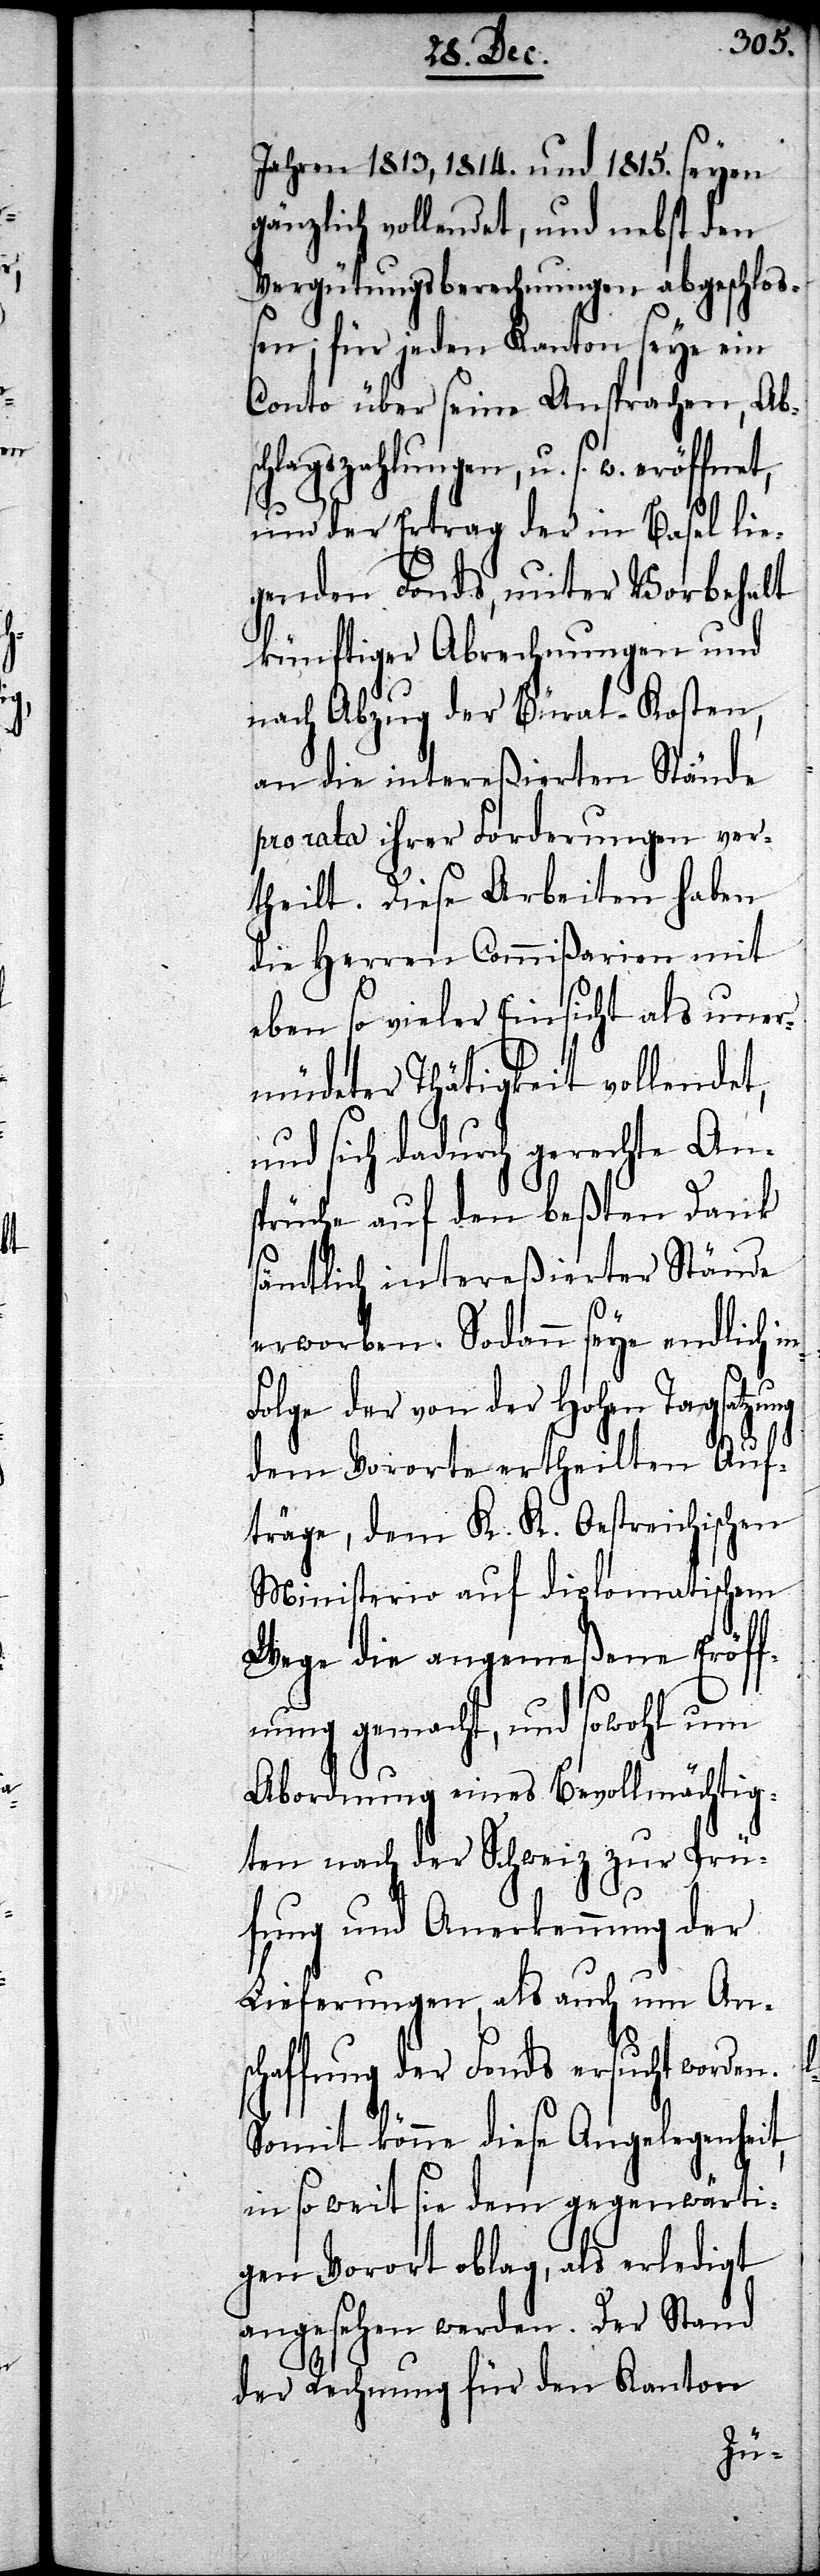
Jahren 1813, 1814. und 1815. seyen
gänzlich vollendet, und nebst den
Vergütungsberechnungen abgeschlo¬
ßen; für jeden Kanton seye ein
Conto über seine Ansprachen, Abs¬
chlagszahlungen, u. s. w. eröffnet,
und der Ertrag der in Basel lie¬
genden Fonds, unter Vorbehalt
künftiger Abrechnungen und
nach Abzug der Büral-Kosten,
an die intereßierten Stände
pro rata ihrer Forderungen ver¬
theilt. Diese Arbeiten haben
die Herren Commißarien mit
eben so vieler Einsicht als uner¬
müdeter Thätigkeit vollendet,
und sich dadurch gerechte Ans¬
prüche auf den beßten Dank
sämtlich intereßierter Stände
erworben. Sodann seye endlich in
Folge der von der Hohen Tagsatzung
dem Vororte ertheilten Auf¬
träge, dem K. K. Oestreichischen
Ministerio auf diplomatischem
Wege die angemeßene Eröff¬
nung gemacht, und sowohl um
Abordnung eines Bevollmächtig¬
ten nach der Schweiz zur Prü¬
fung und Anerkennung der
Lieferungen, als auch um Ans¬
chaffung der Fonds ersucht worden.
Somit könne diese Angelegenheit,
in so weit sie dem gegenwärti¬
gen Vorort oblag, als erledigt
angesehen werden. Der Stand
der Rechnung für den Kanton